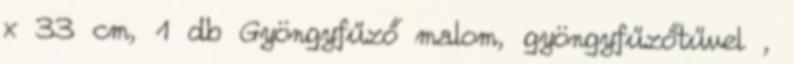
x 33 cm, 1 db Gyöngyfűző malom, gyöngyfűzőtűvel ,